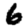
Digit: 6